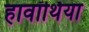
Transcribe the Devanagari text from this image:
हावॉर्थिया